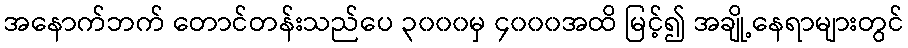
အနောက်ဘက် တောင်တန်းသည်ပေ ၃၀၀၀မှ ၄၀၀၀အထိ မြင့်၍ အချို့နေရာများတွင်